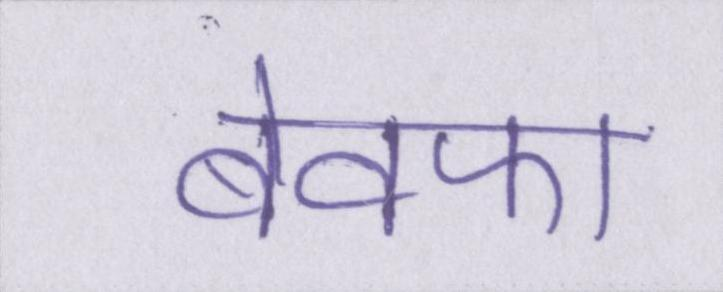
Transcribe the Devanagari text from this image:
बेवफा